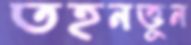
তহনত্তুন